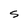
Character: S